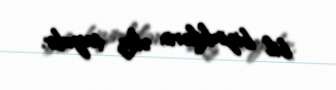
bil bizimkilərin əkiz tayıdır.